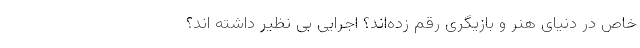
خاص در دنیای هنر و بازیگری رقم زده‌اند؟ اجرایی بی نظیر داشته اند؟